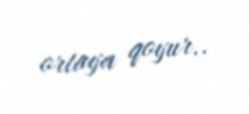
ortaya qoyur..